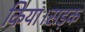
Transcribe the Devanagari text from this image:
किया।सड़क